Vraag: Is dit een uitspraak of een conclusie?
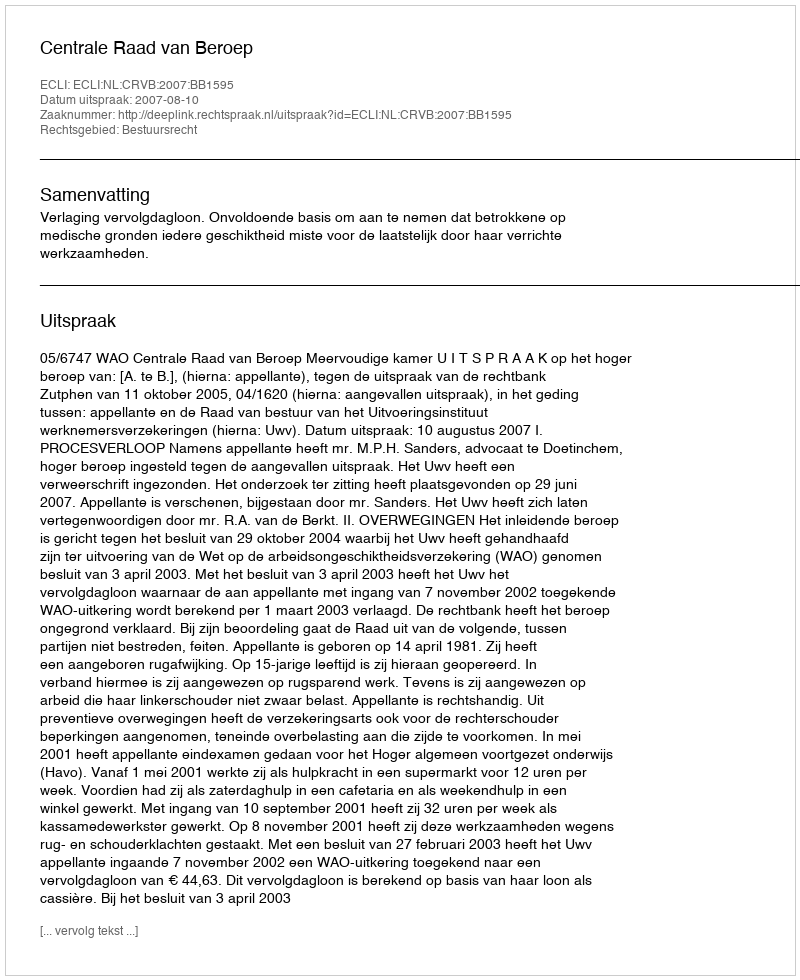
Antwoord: Uitspraak